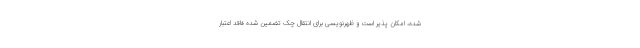
شده، امکان پذیر است و ظهرنویسی برای انتقال چک تضمین شده فاقد اعتبار